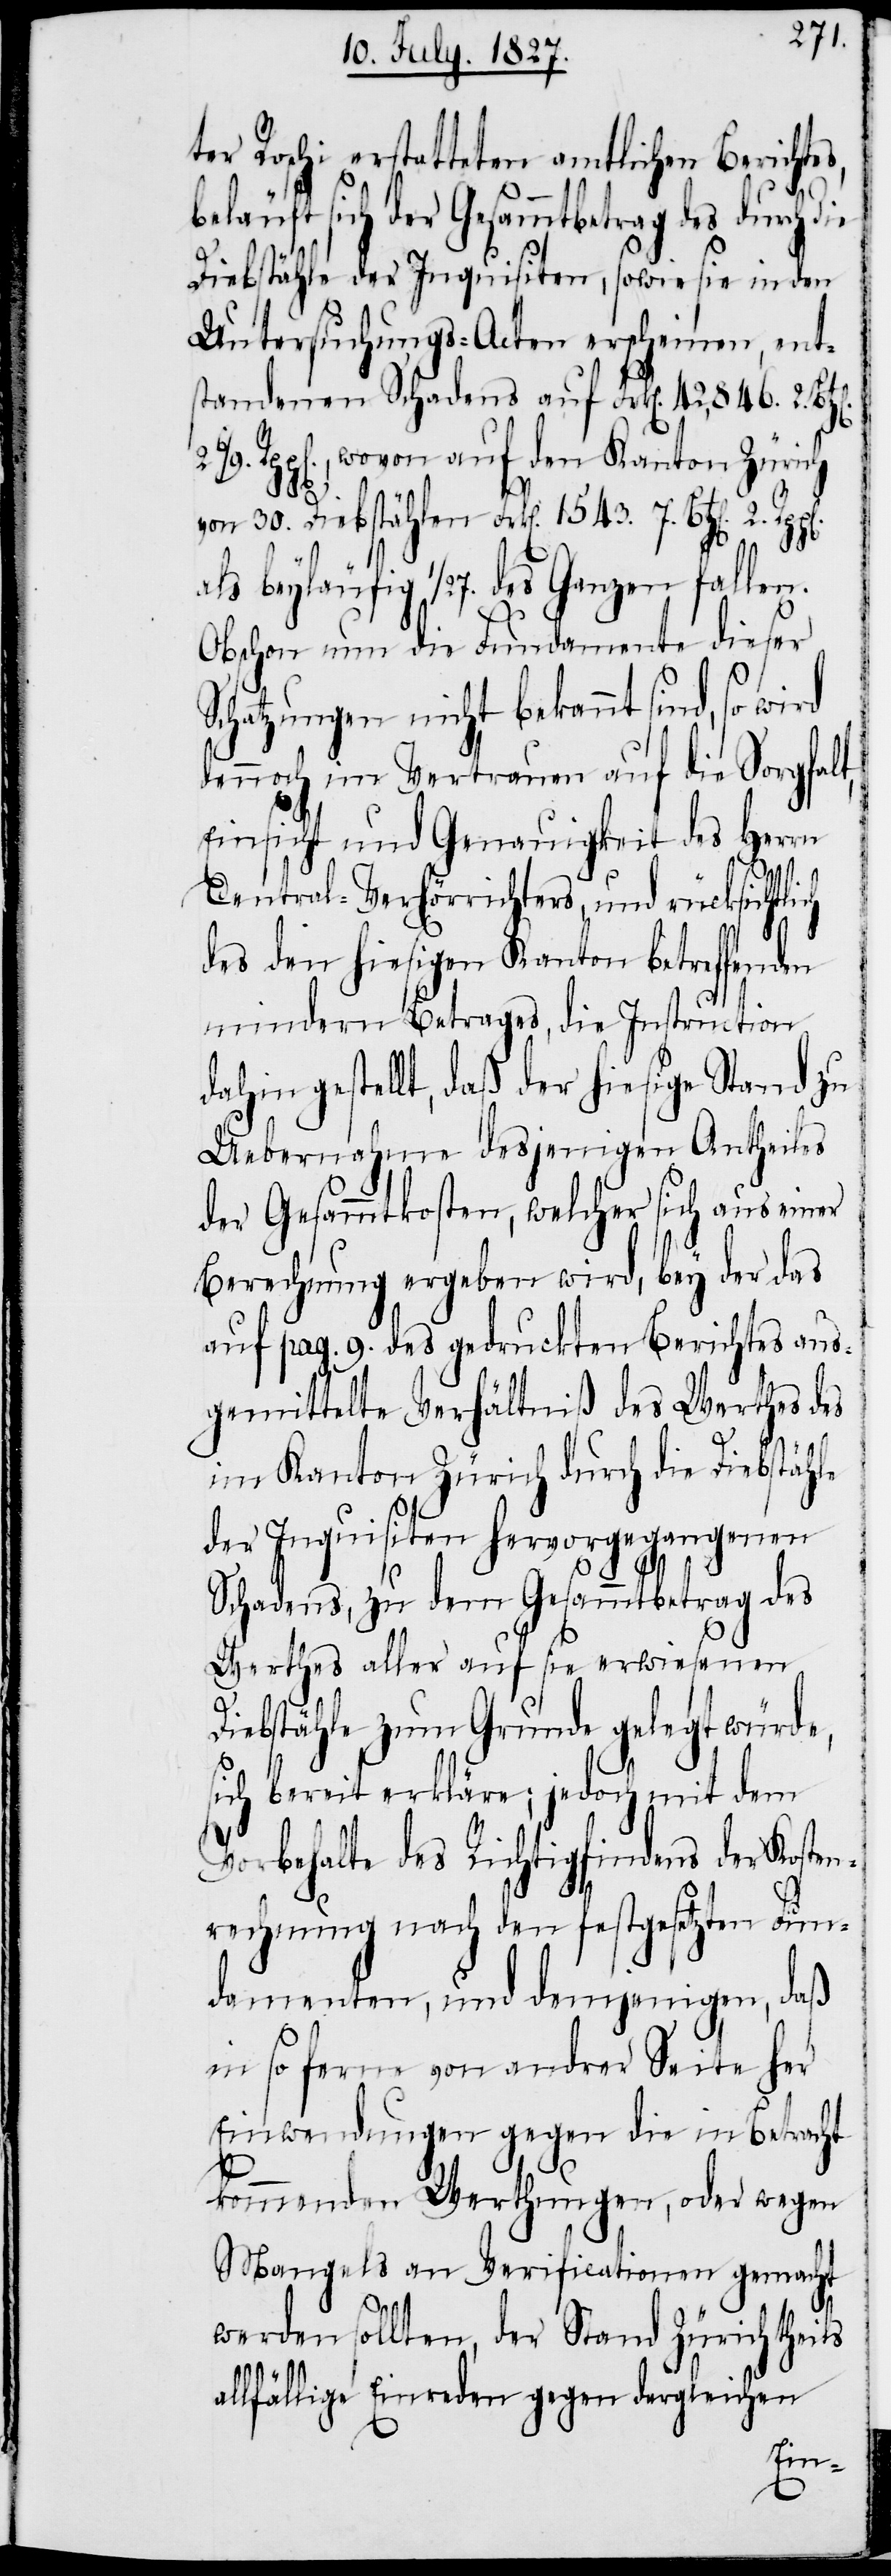
ie
ter Roschi erstatteten amtlichen Berichtes,
beläuft sich der Gesammtbetrag des durch d¬
Diebstähle der Inquisiten, sowie sie in den
Untersuchungs-Acten erscheinen, ent¬
standenen Schadens auf Frk[en]. 42,846. 2.
Rpp[en]., wovon auf den Kanton Zürich
2
von 30. Diebstählen Frk[en]. 1543. 7. Btz[en]. 2.
als beyläufig 1/27. des Ganzen fallen.
Obschon nun die Fundamente dieser
Schatzungen nicht bekannt sind, so wird
dennoch im Vertrauen auf die Sorgfalt,
Einsicht und Genauigkeit des Herrn
Central-Verhörrichters, und rücksichtlich
des den hiesigen Kanton betreffenden
mindern Betrages, die Instruction
dahin gestellt, daß der hiesige Stand zu
Uebernahme desjenigen Antheiles
der Gesammtkosten, welcher sich aus einer
Berechnung ergeben wird, bey der das
auf pag. 9. des gedruckten Berichtes aus¬
gemittelte Verhältniß des Werthes des
im Kanton Zürich durch die Diebstähle
der Inquisition hervorgegangenen
6/9.
Schadens, zu dem Gesammtbetrag des
Werthes aller auf sie erwiesenen
Diebstähle zum Grunde gelegt würde,
s¬
ich bereit erkläre; jedoch mit dem
Vorbehalte des Richtigfindens der Kosten¬
rechnung nach den festgesetzten Fun¬
damenten, und demjenigen, daß
in so ferne von andrer Seite her
Einwendungen gegen die in Betracht
kommenden Werthungen, oder wegen
Mangels an Verificationen gemacht
werden sollten, der Stand Zürich theils
allfällige Einreden gegen dergleichen